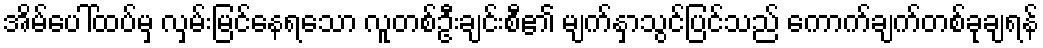
အိမ်ပေါ်ထပ်မှ လှမ်းမြင်နေရသော လူတစ်ဦးချင်းစီ၏ မျက်နှာသွင်ပြင်သည် ကောက်ချက်တစ်ခုချရန်